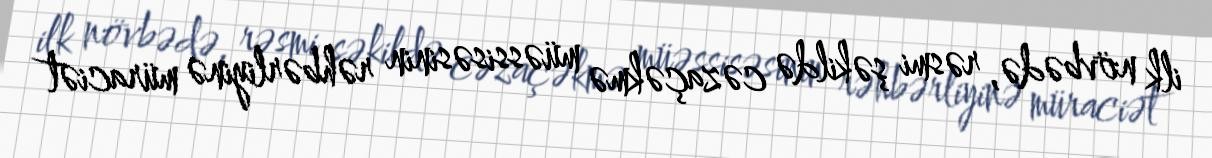
ilk növbədə, rəsmi şəkildə cəzaçəkmə müəssisəsinin rəhbərliyinə müraciət